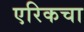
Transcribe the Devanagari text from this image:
एरिकचा